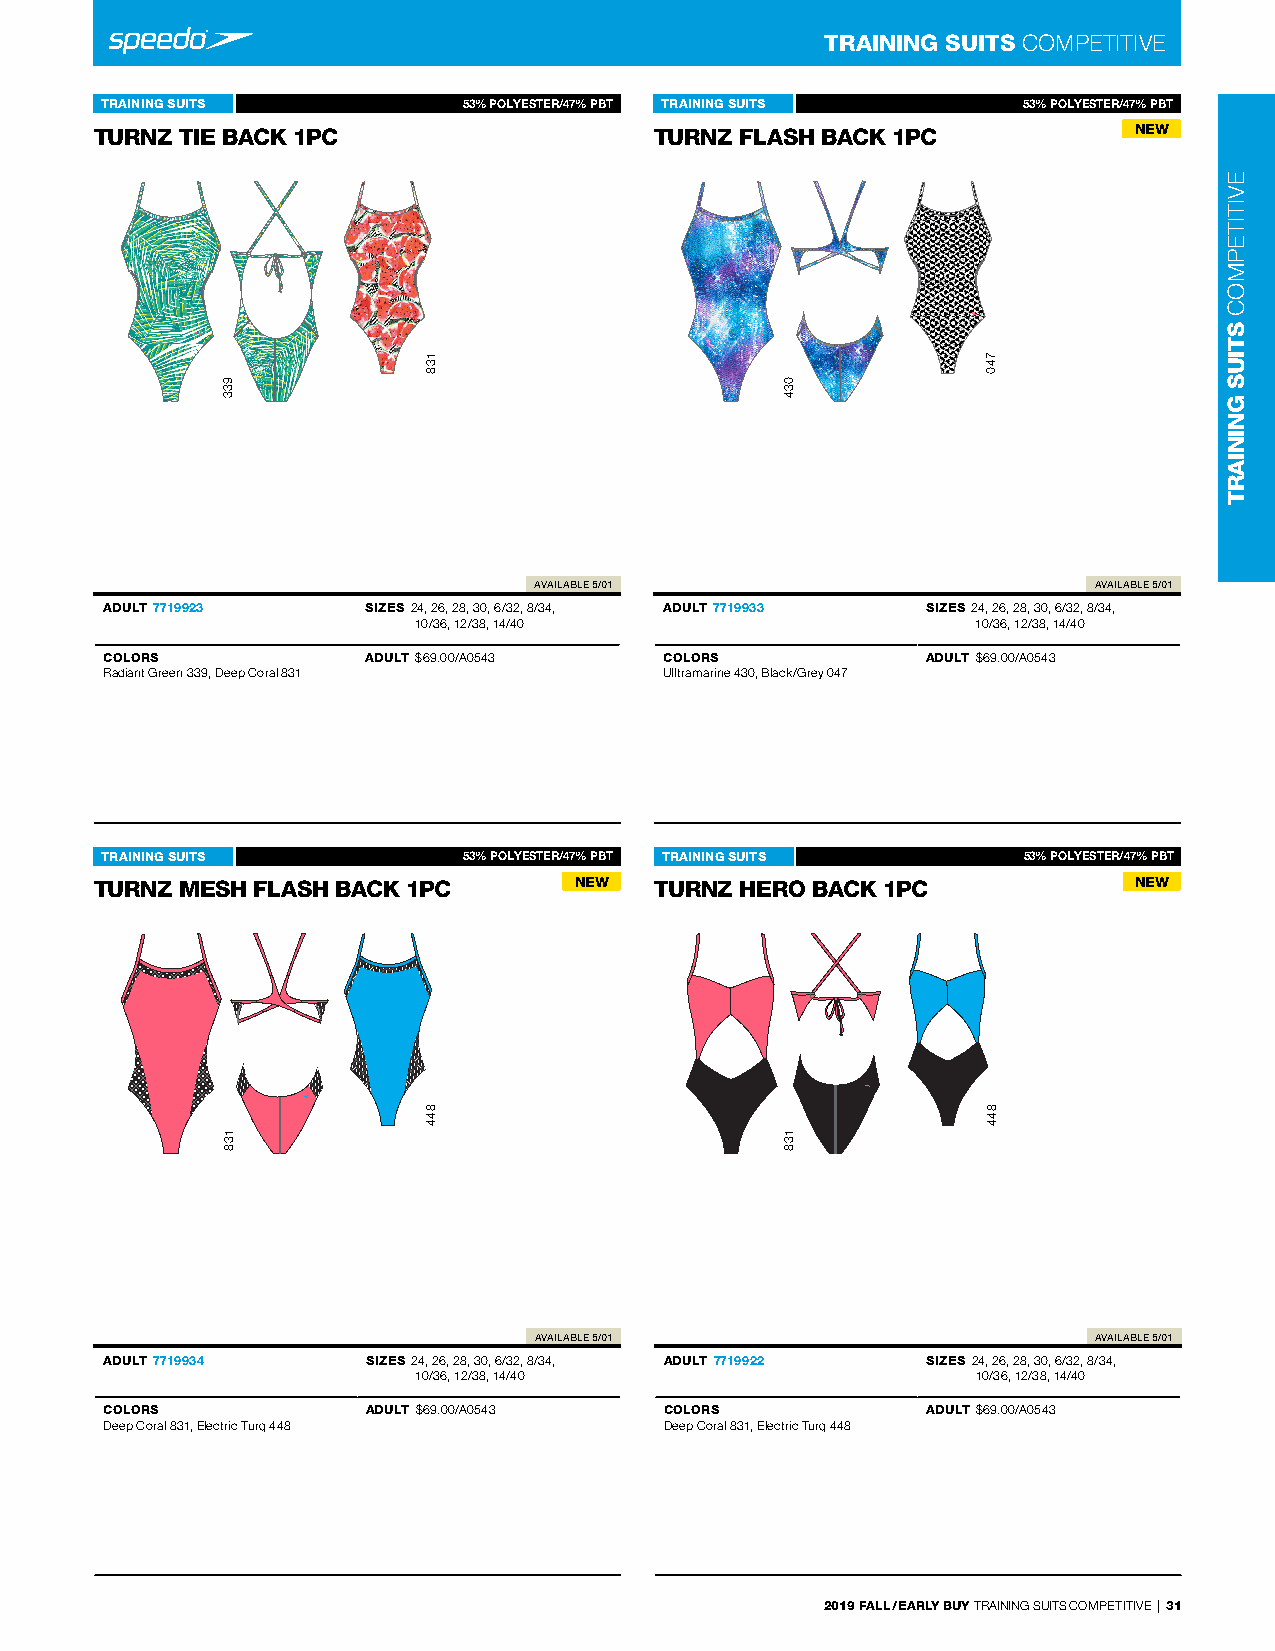
TRAINING SUITS COMPeTITIVe
 TRAINING SUITS      Turnz 7715939%23 POLYESTER/47% PBT TRAINING SUITS Turnz 7715939%33 POLYESTER/47% PBT
 TURNZ TIE BACK 1PC -                 TURNZ FLASH BACK 1P-C           NEW
 -                                    -
 AVAILABLE 5/01                       AVAILABLE 5/01
 ADULT 7719923    SIZES 24, 26, 28, 30, 6/32, 8/34, ADULT 7719933 SIZES 24, 26, 28, 30, 6/32, 8/34,
 10/36, 12/38, 14/40                   10/36, 12/38, 14/40
 COLORS           ADULT $69.00/A0543  COLORS           ADULT $69.00/A0543
 radiant Green 339, deep Coral 831    Ulltramarine 430, Black/Grey 047
 TRAINING SUITS      Turnz 7715939%34 POLYESTER/47% PBT TRAINING SUITS Turnz 7715939%22 POLYESTER/47% PBT
 TURNZ MESH FLASH BA- CK 1PC     NEW  TURNZ HERO BACK 1PC-            NEW
 -                                    -
 AVAILABLE 5/01                        AVAILABLE 5/01
 ADULT 7719934    SIZES 24, 26, 28, 30, 6/32, 8/34, ADULT 7719922 SIZES 24, 26, 28, 30, 6/32, 8/34,
 10/36, 12/38, 14/40                   10/36, 12/38, 14/40
 COLORS           ADULT $69.00/A0543  COLORS           ADULT $69.00/A0543
 deep Coral 831, electric Turq 448    deep Coral 831, electric Turq 448
 2019 FALL / EARLY BUY TrAInInG SUITS COMPeTITIVe | 31
 933
 138
 138
 844
 034
 138
 740
 844
 eVITITePMOC
 STIUS
 GNINIART